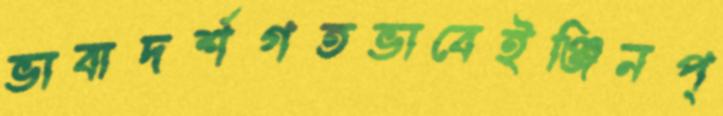
ভাবাদর্শগতভাবেইঞ্জিনপ্